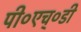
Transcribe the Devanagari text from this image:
पी०एच्०डी